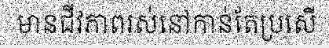
មានជីវភាពរស់នៅកាន់តែប្រសើ